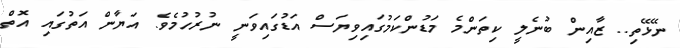
ނޭޅޭތި.. ޒާއިން ބުނެލީ ކިތަންމެ މަޑުންކަމުގައިވިޔަސް އަޑުގައިވަނީ ނުރުހުމެވެ. އަޔާން އަތުގައި އޮތް